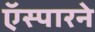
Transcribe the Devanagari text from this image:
ऍस्पारने